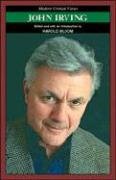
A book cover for John Irving (Bloom's Modern Critical Views); Teen & Young Adult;